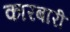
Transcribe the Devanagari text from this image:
कारबारी